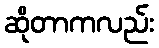
ဆိုတာကလည်း